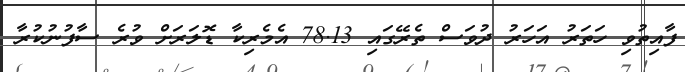
ފާއިތުވި ހަތަރު އަހަރު ދުވަސް ތެރޭގައި 78.13 އެމެރިކާ ޑޮލަރަށް ވުރެ ސާފުނުކުރާ